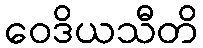
ဝေဒိယသီတိ